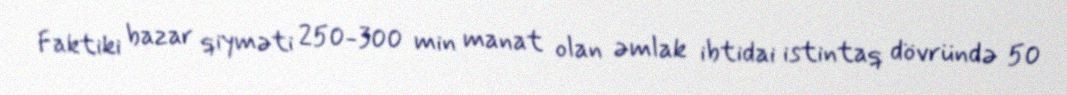
Faktiki bazar qiyməti 250-300 min manat olan əmlak ibtidai istintaq dövründə 50